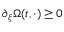
\partial _ { \xi } \Omega ( t , \cdot ) \geq 0